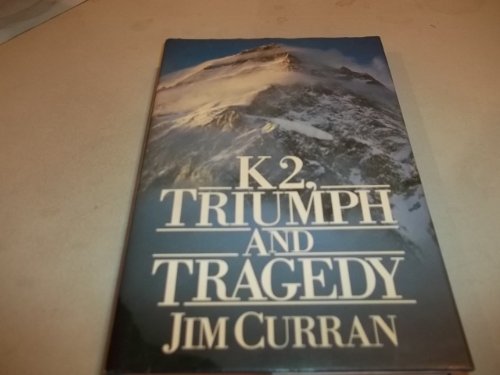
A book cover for K2, Triumph and Tragedy; Jim Curran; Travel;